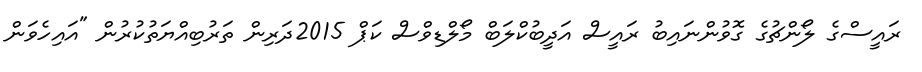
ރައީސްގެ ލޯންޗުގެ ގޮވުންނައިބު ރައީސް އަދީބުކްލަބް މޯލްޑިވްސް ކަޕް 2015ދަރިން ތަރުބިއްޔަތުކުރުން "އައިހެވަން